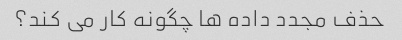
حذف مجدد داده ها چگونه کار می کند؟